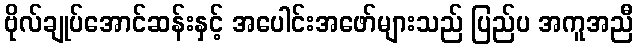
ဗိုလ်ချုပ်အောင်ဆန်းနှင့် အပေါင်းအဖော်များသည် ပြည်ပ အကူအညီ